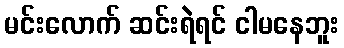
မင်းလောက် ဆင်းရဲရင် ငါမနေဘူး